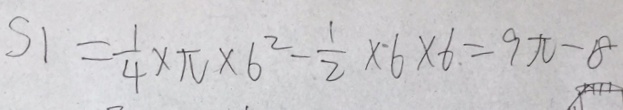
S 1 = \frac { 1 } { 4 } \times \pi \times 6 ^ { 2 } - \frac { 1 } { 2 } \times 6 \times 6 = 9 \pi - 8